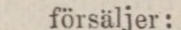
försäljer: